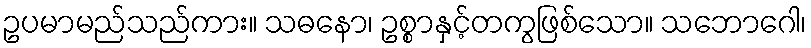
ဥပမာမည်သည်ကား။ သဓနော၊ ဥစ္စာနှင့်တကွဖြစ်သော။ သဘောဂေါ၊